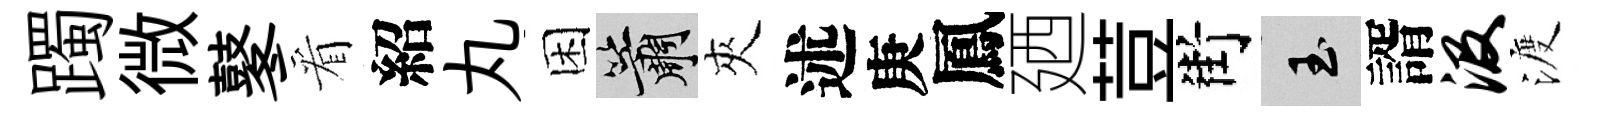
躅微鼕看紹丸困簫夾述庚鳳廼荳街玉諝汲渡